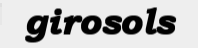
girosols